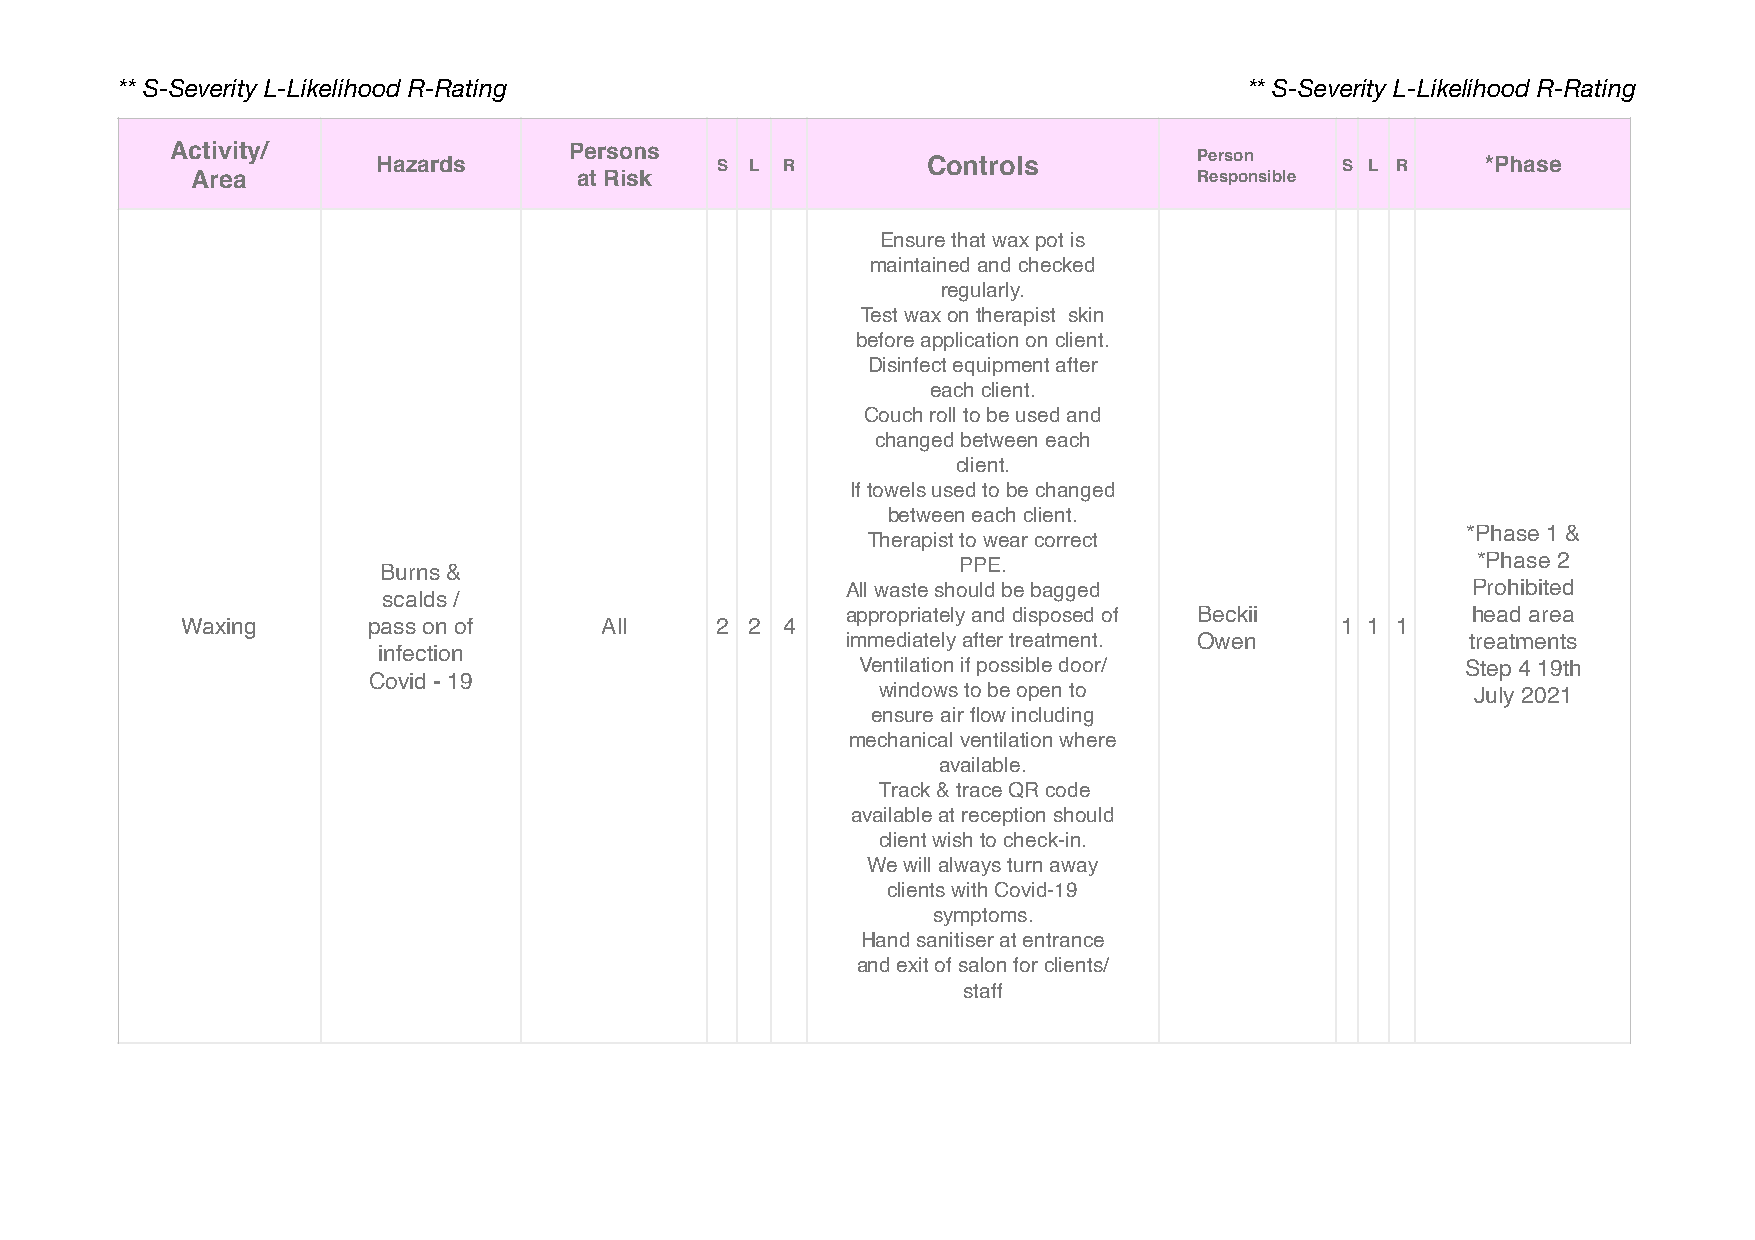
** S-Severity L-Likelihood R-Rating                                        ** S-Severity L-Likelihood R-Rating
 Activity/                  Persons
 Hazards               S  L R        Controls          Person    S L R    *Phase
 Area                     at Risk                                  Responsible
 Ensure that wax pot is
 maintained and checked
 regularly.
 Test wax on therapist skin
 before application on client.
 Disinfect equipment after
 each client.
 Couch roll to be used and
 changed between each
 client.
 If towels used to be changed
 between each client.
 *Phase 1 &
 Therapist to wear correct
 Burns &                               PPE.                               *Phase 2
 All waste should be bagged               Prohibited
 scalds /
 appropriately and disposed of Beckii     head area
 Waxing      pass on of      All    2 2  4                                    1 1 1
 immediately after treatment. Owen        treatments
 infection
 Ventilation if possible door/           Step 4 19th
 Covid - 19
 windows to be open to                   July 2021
 ensure air flow including
 mechanical ventilation where
 available.
 Track & trace QR code
 available at reception should
 client wish to check-in.
 We will always turn away
 clients with Covid-19
 symptoms.
 Hand sanitiser at entrance
 and exit of salon for clients/
 staff